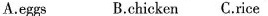
A.eggs B.chicken C.rice